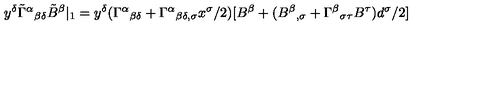
y ^ { \delta } \tilde { \Gamma } ^ { \alpha } { } _ { \beta \delta } \tilde { B } ^ { \beta } | _ { 1 } = y ^ { \delta } ( \Gamma ^ { \alpha } { } _ { \beta \delta } + \Gamma ^ { \alpha } { } _ { \beta \delta , \sigma } x ^ { \sigma } / 2 ) [ B ^ { \beta } + ( B ^ { \beta } { } _ { , \sigma } + \Gamma ^ { \beta } { } _ { \sigma \tau } B ^ { \tau } ) d ^ { \sigma } / 2 ]